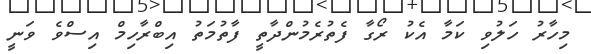
މިހާރު ހަލުވި ކަމާ އެކު ރޯގާ ފެތުރެމުންދާތީ ފާތުމަތު އިބްރާހިމް އިސްވެ ވަނީ